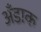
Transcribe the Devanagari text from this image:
अँडाक